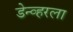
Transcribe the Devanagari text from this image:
डेन्व्हरला